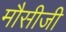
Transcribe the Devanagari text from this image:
मौसीजी